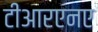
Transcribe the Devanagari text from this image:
टीआरएनए